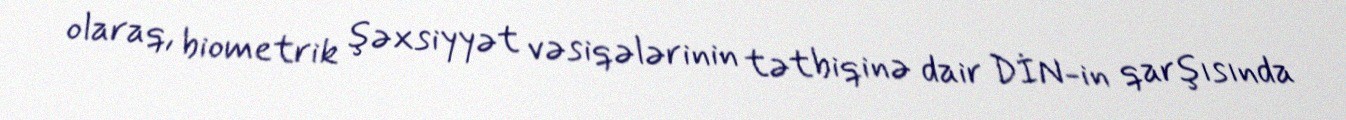
olaraq, biometrik şəxsiyyət vəsiqələrinin tətbiqinə dair DİN-in qarşısında